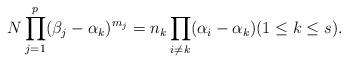
LaTeX: \begin{align*} N\prod_{j=1}^p(\beta_j-\alpha_k)^{m_j} = n_k\prod_{i\neq k} (\alpha_i-\alpha_k) (1\le k\le s).\end{align*}